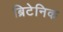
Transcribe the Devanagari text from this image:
ब्रिटेनिक